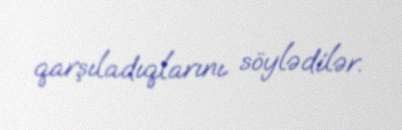
qarşıladıqlarını söylədilər.